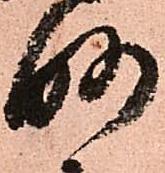
略